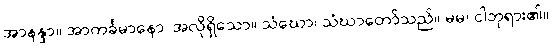
အာနန္ဒာ။ အာကင်္ခမာနော၊ အလိုရှိသော။ သံဃော၊ သံဃာတော်သည်။ မမ၊ ငါဘုရား၏။